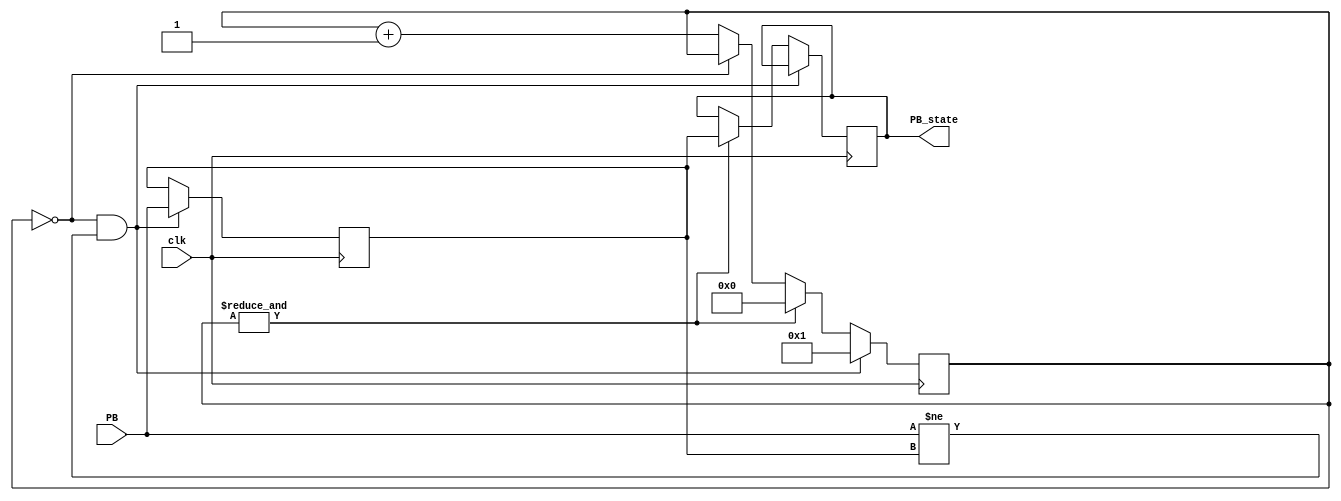
module debounce(
    clk,
    PB,
    PB_state
);
	input clk;
	input PB;
	output PB_state;
reg init_state = 1'b0;
reg PB_state = 1'b0;
reg [11:0] PB_cnt = 12'd0;
wire PB_cnt_max = &PB_cnt;
wire PB_idle = (PB_cnt == 12'd0);
wire PB_changed = (PB != init_state);
always @(posedge clk)
if(PB_idle & PB_changed)
begin
	init_state = PB;
	PB_cnt = 12'd1;
end
else if(PB_cnt_max)
begin
	PB_state = init_state;
	PB_cnt = 12'd0;
end
else if(~PB_idle)
	PB_cnt = PB_cnt + 12'd1;
endmodule